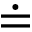
\doteq